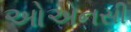
ઓએનસી